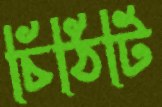
চিঠিটি